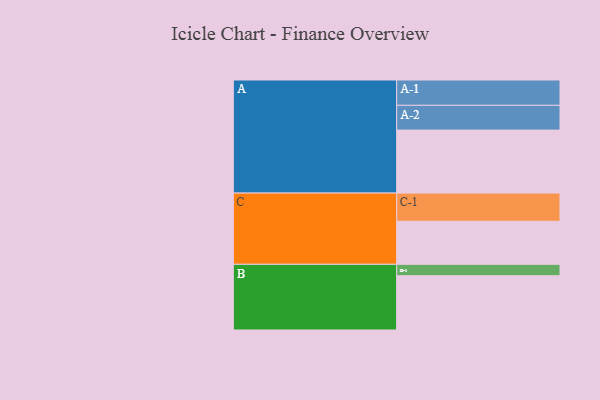
{"axis": {"x": "Segment", "y": "Value"}, "legend": ["", "A", "B", "C"], "data": [{"x": "A", "y": 510, "type": ""}, {"x": "B", "y": 440, "type": ""}, {"x": "C", "y": 349, "type": ""}, {"x": "A-1", "y": 205, "type": "A"}, {"x": "A-2", "y": 201, "type": "A"}, {"x": "B-1", "y": 92, "type": "B"}, {"x": "C-1", "y": 228, "type": "C"}]}